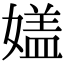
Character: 𡡇